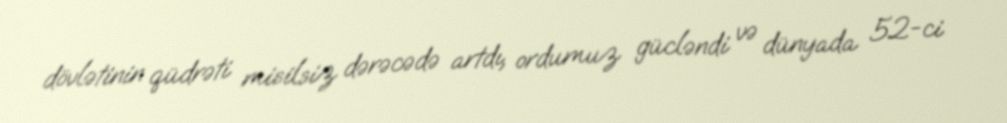
dövlətinin qüdrəti misilsiz dərəcədə artdı, ordumuz gücləndi və dünyada 52-ci